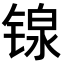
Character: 𬭣